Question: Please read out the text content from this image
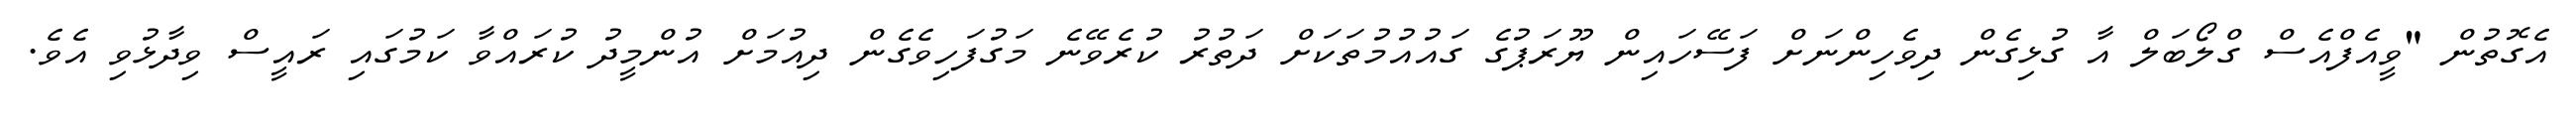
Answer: އެގޮތުން "ވީއެފްއެސް ގްލޯބަލް އާ ގުޅިގެން ދިވެހިންނަށް ފަސޭހައިން ޔޫރަޕުގެ ގައުއުމުތަކަށް ދަތުރު ކުރެވޭނެ މަގުފަހިވެގެން ދިއުމަށް އުންމީދު ކުރައްވާ ކަމުގައި ރައީސް ވިދާޅުވި އެވެ.